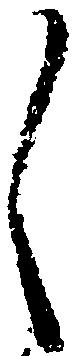
く